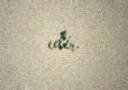
edir.